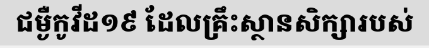
ជម្ងឺកូវីដ១៩ ដែលគ្រឹះស្ថានសិក្សារបស់